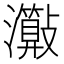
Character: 𤄑